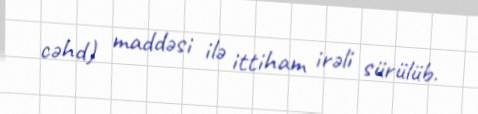
cəhd) maddəsi ilə ittiham irəli sürülüb.